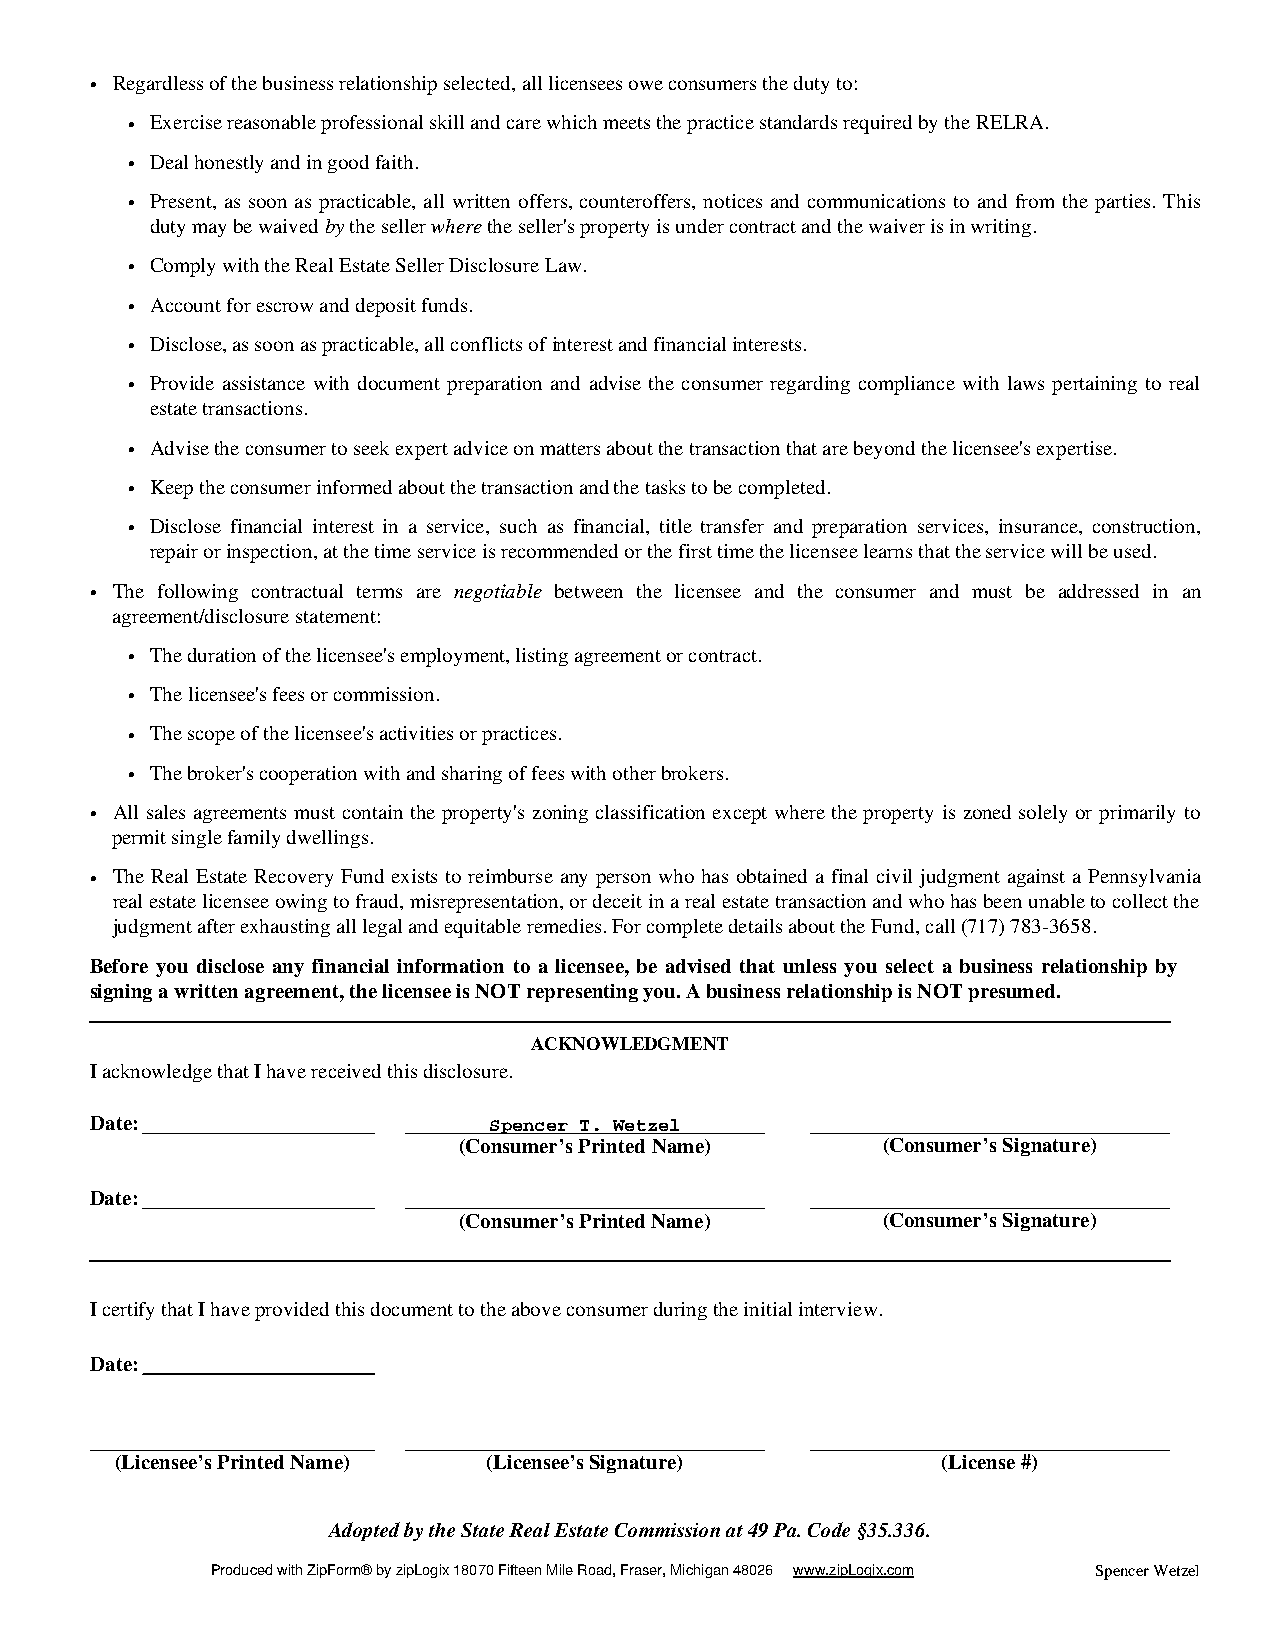
• Regardless of the business relationship selected, all licensees owe consumers the duty to:
 • Exercise reasonable professional skill and care which meets the practice standards required by the RELRA.
 • Deal honestly and in good faith.
 • Present, as soon as practicable, all written offers, counteroffers, notices and communications to and from the parties. This
 duty may be waived by the seller where the seller's property is under contract and the waiver is in writing.
 • Comply with the Real Estate Seller Disclosure Law.
 • Account for escrow and deposit funds.
 • Disclose, as soon as practicable, all conflicts of interest and financial interests.
 • Provide assistance with document preparation and advise the consumer regarding compliance with laws pertaining to real
 estate transactions.
 • Advise the consumer to seek expert advice on matters about the transaction that are beyond the licensee's expertise.
 • Keep the consumer informed about the transaction and the tasks to be completed.
 • Disclose financial interest in a service, such as financial, title transfer and preparation services, insurance, construction,
 repair or inspection, at the time service is recommended or the first time the licensee learns that the service will be used.
 • The following contractual terms are negotiable between the licensee and the consumer and must be addressed in an
 agreement/disclosure statement:
 • The duration of the licensee's employment, listing agreement or contract.
 • The licensee's fees or commission.
 • The scope of the licensee's activities or practices.
 • The broker's cooperation with and sharing of fees with other brokers.
 • All sales agreements must contain the property's zoning classification except where the property is zoned solely or primarily to
 permit single family dwellings.
 • The Real Estate Recovery Fund exists to reimburse any person who has obtained a final civil judgment against a Pennsylvania
 real estate licensee owing to fraud, misrepresentation, or deceit in a real estate transaction and who has been unable to collect the
 judgment after exhausting all legal and equitable remedies. For complete details about the Fund, call (717) 783-3658.
 Before you disclose any financial information to a licensee, be advised that unless you select a business relationship by
 signing a written agreement, the licensee is NOT representing you. A business relationship is NOT presumed.
 ACKNOWLEDGMENT
 I acknowledge that I have received this disclosure.
 Date:                     Spencer T. Wetzel
 (Consumer’s Printed Name)   (Consumer’s Signature)
 Date:
 (Consumer’s Printed Name)   (Consumer’s Signature)
 I certify that I have provided this document to the above consumer during the initial interview.
 Date:
 (Licensee’s Printed Name) (Licensee’s Signature)      (License #)
 Adopted by the State Real Estate Commission at 49 Pa. Code §35.336.
 Produced with ZipForm® by zipLogix 18070 Fifteen Mile Road, Fraser, Michigan 48026 www.zipLogix.com Spencer Wetzel